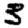
Digit: 3